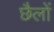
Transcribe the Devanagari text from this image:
छैलों